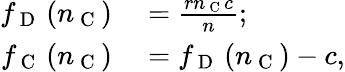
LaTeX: \begin{array}{rl}{f_{\mathrm{~D~}}\left(n_{\mathrm{~C~}}\right)}&{{}=\frac{rn_{\mathrm{~C~}}c}{n};}\\ {f_{\mathrm{~C~}}\left(n_{\mathrm{~C~}}\right)}&{{}=f_{\mathrm{~D~}}\left(n_{\mathrm{~C~}}\right)-c,}\end{array}